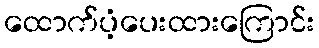
ထောက်ပံ့ပေးထားကြောင်း